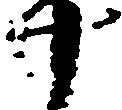
十